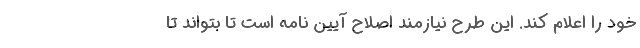
خود را اعلام کند. این طرح نیازمند اصلاح آیین نامه است تا بتواند تا